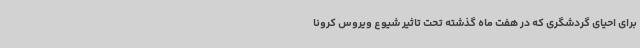
برای احیای گردشگری که در هفت ماه گذشته تحت تاثیر شیوع ویروس کرونا